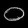
Digit: ၀